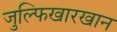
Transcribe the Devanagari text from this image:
जुल्फिखारखान